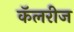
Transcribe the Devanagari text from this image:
कॅलरीज